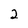
Character: 2